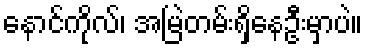
နောင်ကိုလ်၊ အမြဲတမ်းရှိနေဦးမှာပဲ။